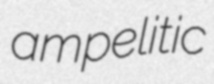
ampelitic